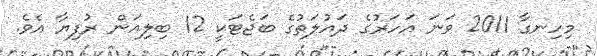
މިހިނގާ 2011 ވަނަ އަހަރުގެ ދައުލަތުގެ ބަޖެޓަކީ 12 ބިލިއަން ރުފިޔާ އެވެ.